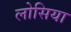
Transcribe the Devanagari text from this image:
लोसिया